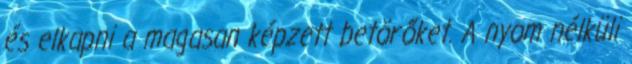
és elkapni a magasan képzett betörőket. A nyom nélküli